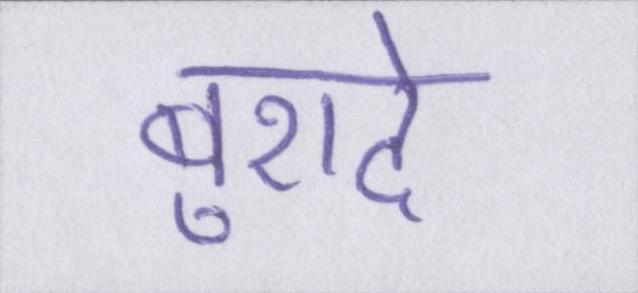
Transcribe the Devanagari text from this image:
बुरादे